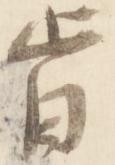
旨